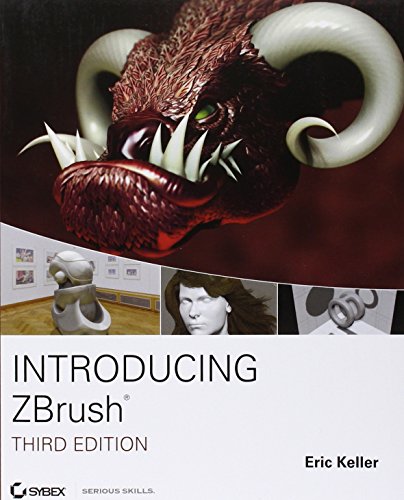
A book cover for Introducing ZBrush 3rd Edition; Eric Keller; Computers & Technology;